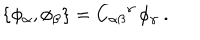
\{ \phi _ { \alpha } , \phi _ { \beta } \} = { C _ { \alpha \beta } } ^ { \gamma } \, \phi _ { \gamma } \ .